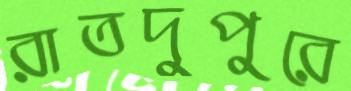
রাতদুপুরে